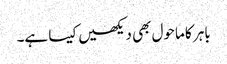
باہر کا ماحول بھی دیکھیں کیسا ہے۔